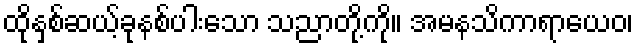
ထိုနှစ်ဆယ့်ခုနစ်ပါးသော သညာတို့ကို။ အမနသိကာရာယေဝ၊